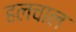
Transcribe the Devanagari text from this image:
हलचाल